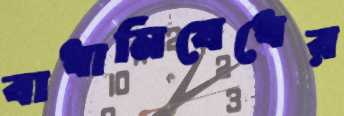
বাধানিষেধের